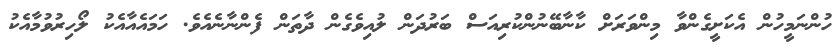
ހުންނަމީހުން އެކަށީގެންވާ މިންވަރަށް ކާނާބޭނުންކުރިއަސް ބަރުދަން ލުއިވެގެން ދާތަން ފެންނާނެއެވެ. ހަމައެއާއެކު ލޯހިރުވުމާއެކު